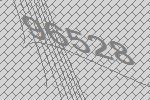
96528